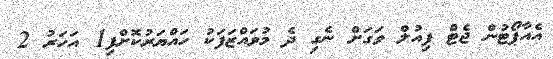
އެއާޕޯޓުން ޖެޓް ފިއުލް ވަގަށް ނެގި ދެ މުވައްޒަފަކު ހައްޔަރުކޮށްފި1 އަހަރު 2